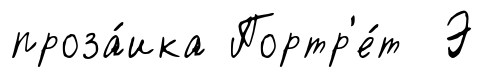
проза́ика Портр'е́т Э